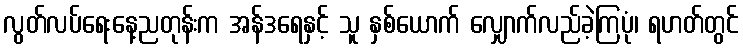
လွတ်လပ်ရေးနေ့ညတုန်းက အန်ဒရေနှင့် သူ နှစ်ယောက် လျှောက်လည်ခဲ့ကြပုံ၊ ရဟတ်တွင်